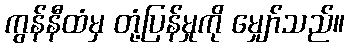
ကွန်နီထံမှ တုံ့ပြန်မှုကို မျှော်သည်။